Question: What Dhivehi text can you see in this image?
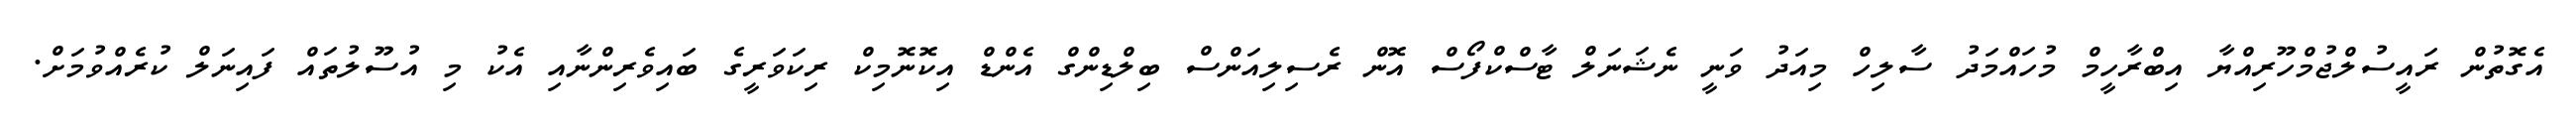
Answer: އެގޮތުން ރައީސުލްޖުމްހޫރިއްޔާ އިބްރާހީމް މުހައްމަދު ސާލިހް މިއަދު ވަނީ ނެޝަނަލް ޓާސްކްފޯސް އޮން ރެސިލިއަންސް ބިލްޑިންގް އެންޑް އިކޮނޮމިކް ރިކަވަރީގެ ބައިވެރިންނާއި އެކު މި އުސޫލުތައް ފައިނަލް ކުރެއްވުމަށް.